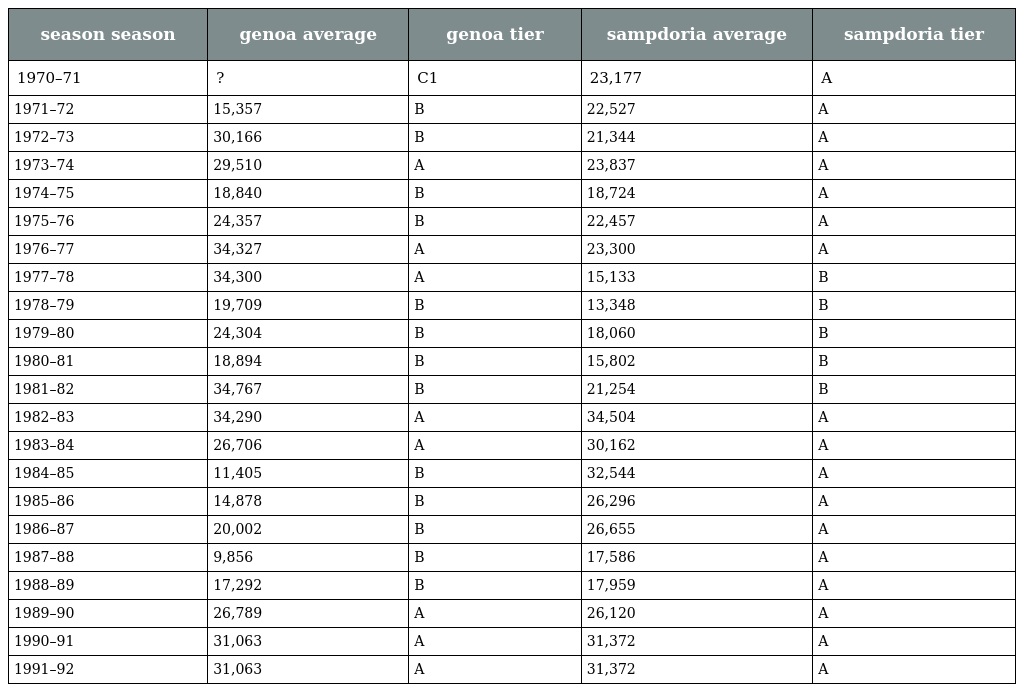
| season season | genoa average | genoa tier | sampdoria average | sampdoria tier |
 | --- | --- | --- | --- | --- |
 | 1970–71 | ? | C1 | 23,177 | A |
 | 1971–72 | 15,357 | B | 22,527 | A |
 | 1972–73 | 30,166 | B | 21,344 | A |
 | 1973–74 | 29,510 | A | 23,837 | A |
 | 1974–75 | 18,840 | B | 18,724 | A |
 | 1975–76 | 24,357 | B | 22,457 | A |
 | 1976–77 | 34,327 | A | 23,300 | A |
 | 1977–78 | 34,300 | A | 15,133 | B |
 | 1978–79 | 19,709 | B | 13,348 | B |
 | 1979–80 | 24,304 | B | 18,060 | B |
 | 1980–81 | 18,894 | B | 15,802 | B |
 | 1981–82 | 34,767 | B | 21,254 | B |
 | 1982–83 | 34,290 | A | 34,504 | A |
 | 1983–84 | 26,706 | A | 30,162 | A |
 | 1984–85 | 11,405 | B | 32,544 | A |
 | 1985–86 | 14,878 | B | 26,296 | A |
 | 1986–87 | 20,002 | B | 26,655 | A |
 | 1987–88 | 9,856 | B | 17,586 | A |
 | 1988–89 | 17,292 | B | 17,959 | A |
 | 1989–90 | 26,789 | A | 26,120 | A |
 | 1990–91 | 31,063 | A | 31,372 | A |
 | 1991–92 | 31,063 | A | 31,372 | A |